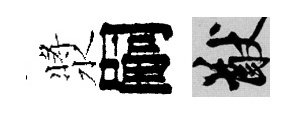
漿嗣猷